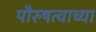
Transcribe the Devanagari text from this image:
पौरुषत्वाच्या